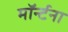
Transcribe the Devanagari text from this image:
मॉर्न्टना